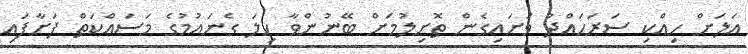
އަލަށް ހިއްކި ސަރަހައްދު ވަށައިގެން ތޮށިލުމަށް ބޭނުންވާ ހިލަ ގެނައުމުގެ މަސައްކަތް ފަށާފައި